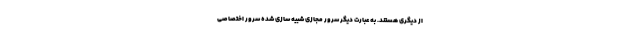
از دیگری هستند. به عبارت دیگر سرور مجازی شبیه سازی شده سرور اختصاصی